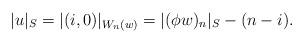
LaTeX: \begin{align*}\lvert u\rvert_S=\lvert (i,0)\rvert_{W_n(w)}=\lvert(\phi w)_n\rvert_S-(n-i).\end{align*}